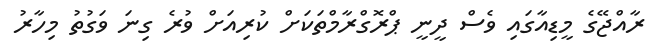
ރާއްޖޭގެ މީޑިއާގައި ވެސް ދީނީ ޕްރޮގްރާމްތަކަށް ކުރިއަށް ވުރެ ގިނަ ވަގުތު މިހާރު